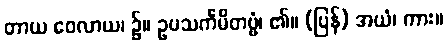
တာယ ဝေလာယ၊ ၌။ ဥပသင်္ကမိတဗ္ဗံ၊ ၏။ (ပြန်) အယံ၊ ကား။